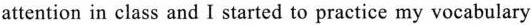
attention in class and I started to practice my vocabulary